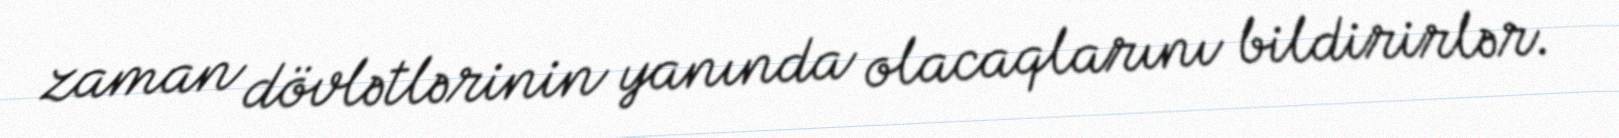
zaman dövlətlərinin yanında olacaqlarını bildirirlər.